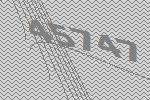
45747